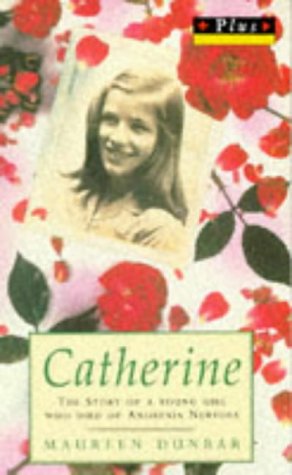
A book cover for Catherine The Story Of A Young Girl Who Died Of Anorexia Nervosa (Plus); Maureen Dunbar; Teen & Young Adult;